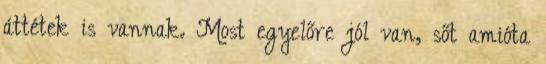
áttétek is vannak. Most egyelőre jól van, sőt amióta